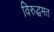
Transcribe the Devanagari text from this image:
विरुद्धमत